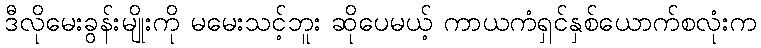
ဒီလိုမေးခွန်းမျိုးကို မမေးသင့်ဘူး ဆိုပေမယ့် ကာယကံရှင်နှစ်ယောက်စလုံးက